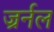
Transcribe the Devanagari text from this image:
ज्रर्नल